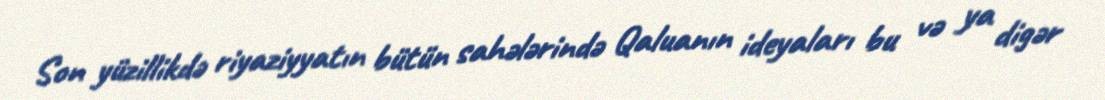
Son yüzillikdə riyaziyyatın bütün sahələrində Qaluanın ideyaları bu və ya digər